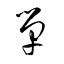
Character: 単